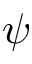
\psi